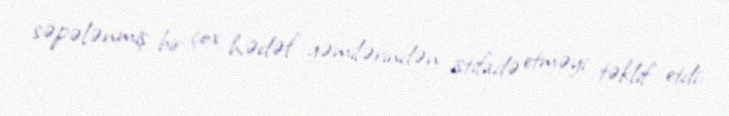
səpələnmiş bir çox hədəf gəmilərindən istifadə etməyi təklif etdi.